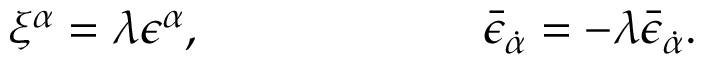
\xi ^ { \alpha } = \lambda \epsilon ^ { \alpha } , \qquad \qquad \qquad \bar { \epsilon } _ { \dot { \alpha } } = - \lambda \bar { \epsilon } _ { \dot { \alpha } } .